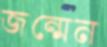
জন্মেন